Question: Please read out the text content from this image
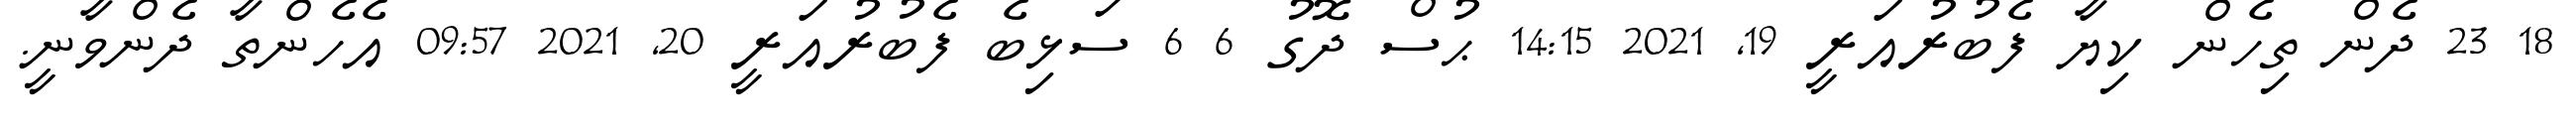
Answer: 18 23 ދެން ތިހެން ކިޔާ ފެބުރުއަރީ 19, 2021 14:15 ޙުސް ދޮގު 6 6 ސަޅިބެ ފެބުރުއަރީ 20, 2021 09:57 އެހެންތާ ދެންވާނީ.